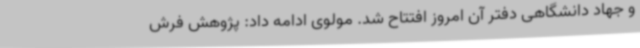
و جهاد دانشگاهی دفتر آن امروز افتتاح شد. مولوی ادامه داد: پژوهش فرش